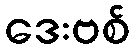
ဒေးဗစ်